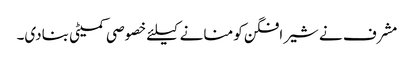
مشرف نے شیرافگن کو منانے کیلئے خصوصی کمیٹی بنادی۔